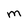
Character: M